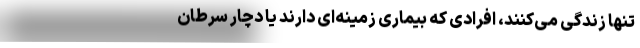
تنها زندگی می‌کنند، افرادی که بیماری زمینه‌ای دارند یا دچار سرطان